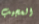
العجيب